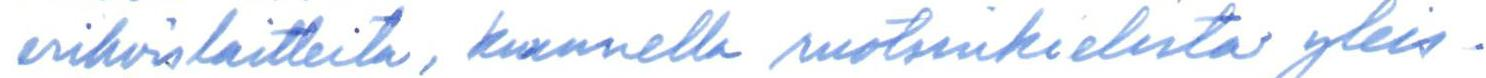
erikoislaitteita, kuunnella ruotsinkielistä yleis-